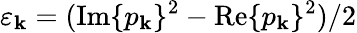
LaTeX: \varepsilon_{\mathbf{k}}=(\mathrm{{Im}}\{ p_{\mathbf{k}}\} ^{2}-\mathrm{{Re}}\{ p_{\mathbf{k}}\} ^{2})/2